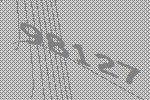
98127